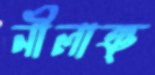
নীলাঞ্